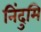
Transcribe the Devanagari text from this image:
निंदुमि